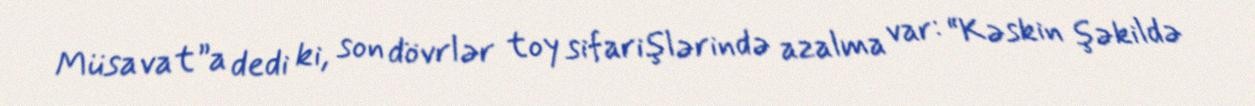
Müsavat”a dedi ki, son dövrlər toy sifarişlərində azalma var: “Kəskin şəkildə